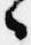
々